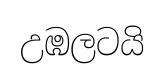
උඹලටයි